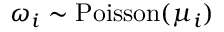
\omega _ { i } \sim { \mathrm { P o i s s o n } } ( \mu _ { i } )